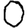
Digit: 0